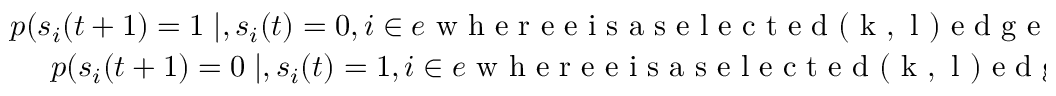
\begin{array} { r } { p ( s _ { i } ( t + 1 ) = 1 \mid , s _ { i } ( t ) = 0 , i \in e \mathrm { ~ w ~ h ~ e ~ r ~ e ~ e ~ i ~ s ~ a ~ s ~ e ~ l ~ e ~ c ~ t ~ e ~ d ~ ( ~ k ~ , ~ l ~ ) ~ e ~ d ~ g ~ e ~ } ) = \frac { b ( l - k ) ^ { 2 } } { l } } \\ { p ( s _ { i } ( t + 1 ) = 0 \mid , s _ { i } ( t ) = 1 , i \in e \mathrm { ~ w ~ h ~ e ~ r ~ e ~ e ~ i ~ s ~ a ~ s ~ e ~ l ~ e ~ c ~ t ~ e ~ d ~ ( ~ k ~ , ~ l ~ ) ~ e ~ d ~ g ~ e ~ } ) = \frac { b k ^ { 2 } } { l } } \end{array} ,